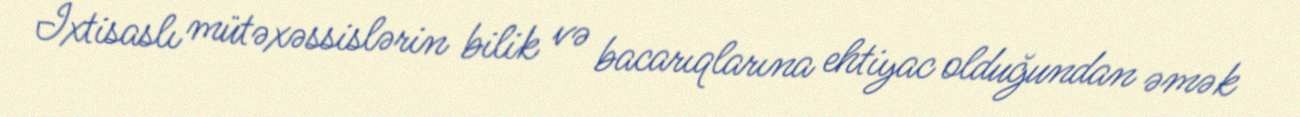
İxtisaslı mütəxəssislərin bilik və bacarıqlarına ehtiyac olduğundan əmək